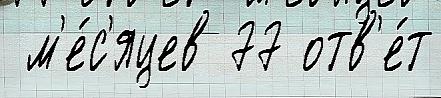
 м'е́с'яцев 77 отв'е́т